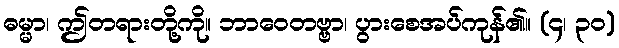
ဓမ္မာ၊ ဤတရားတို့ကို။ ဘာဝေတဗ္ဗာ၊ ပွားစေအပ်ကုန်၏။ (၄၊ ၃၀)